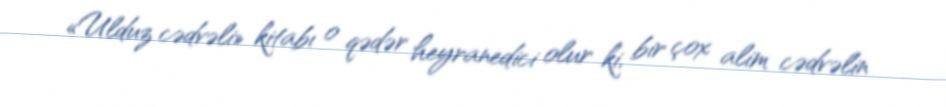
«Ulduz cədvəli» kitabı o qədər heyranedici olur ki, bir çox alim cədvəlin